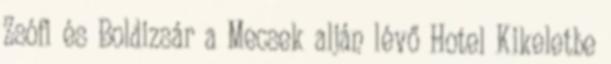
Zsófi és Boldizsár a Mecsek alján lévő Hotel Kikeletbe